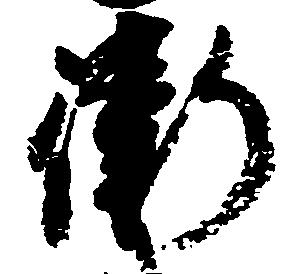
衙